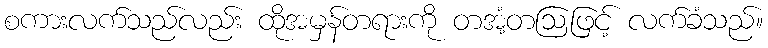
စကားလက်သည်လည်း ထိုအမှန်တရားကို တအံ့တဩဖြင့် လက်ခံသည်။